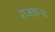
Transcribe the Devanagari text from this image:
राजकन्य